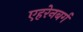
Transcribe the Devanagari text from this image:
एहरेनबर्ग